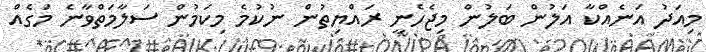
މިއަދު އަނެއްކާ އަލުން ބަލުން މިޖެހެނީ ރައްޔިތުން ނުކުމެ މިކަމުން ސަލާމަތްވާނެ މަގެއް